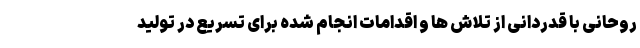
روحانی با قدردانی از تلاش ها و اقدامات انجام شده برای تسریع در تولید